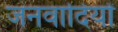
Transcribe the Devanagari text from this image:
जनवादियों